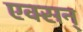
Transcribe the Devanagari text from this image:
एक्सन्